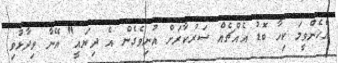
އެހެންވީމަ ކިހާ ބޮޑު އެއްޗެއް ސަރުކާރަށް އުނިވެގެން އެ ދިޔައީ" އޭނާ ވިދާޅުވި